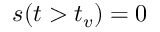
s ( t > t _ { v } ) = 0